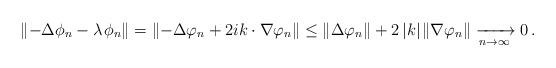
LaTeX: \begin{align*} \left\| -\Delta\phi_n - \lambda\;\!\phi_n \right\| = \left\| -\Delta\varphi_n + 2 i k \cdot \nabla \varphi_n \right\| \leq \|\Delta\varphi_n\| + 2 \, |k| \;\! \|\nabla\varphi_n\| \xrightarrow[n \to \infty]{} 0 \,.\end{align*}